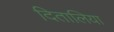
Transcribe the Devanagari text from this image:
दितालिया